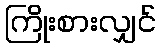
ကြိုးစားလျှင်